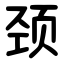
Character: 颈